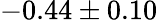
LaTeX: -0.44\pm 0.10